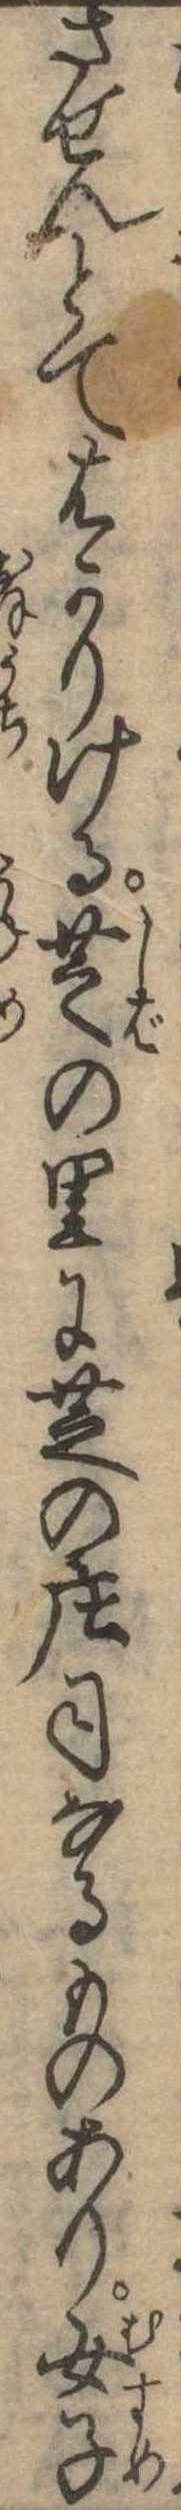
させんとてはかりける芝の里に芝の荘司なるものあり女子